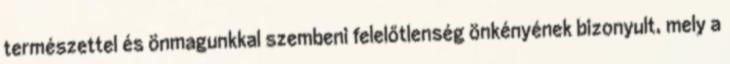
természettel és önmagunkkal szembeni felelőtlenség önkényének bizonyult, mely a